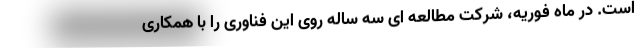
است. در ماه فوریه، شرکت مطالعه ای سه ساله روی این فناوری را با همکاری